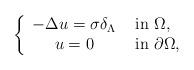
LaTeX: \begin{align*} \left\{\begin{array}{cl} -\Delta u = \sigma\delta_\Lambda & \textrm{ in }\Omega,\\ u = 0& \textrm{ in }\partial\Omega, \end{array}\right. \end{align*}